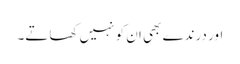
اور درندے بھی ان کو نہیں کھاتے۔